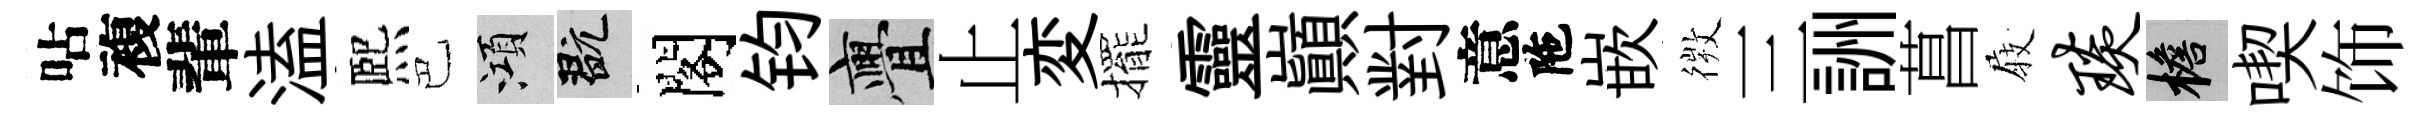
呫複輩溘熈巴澒玩閣钧亹止変擺靈巔對意陁嵌𢕄三詶菖𡲆琰檐喫饰